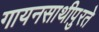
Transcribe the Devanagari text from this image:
गायनसाथीपुरते